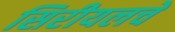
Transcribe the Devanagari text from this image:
सिरीयलचे